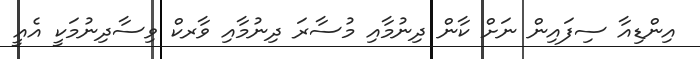
އިންޑިއާ ސިފައިން ނަށް ކާން ދިނުމާއި މުސާރަ ދިނުމާއި ވާރކް ވިސާދިނުމަކީ އެއީ